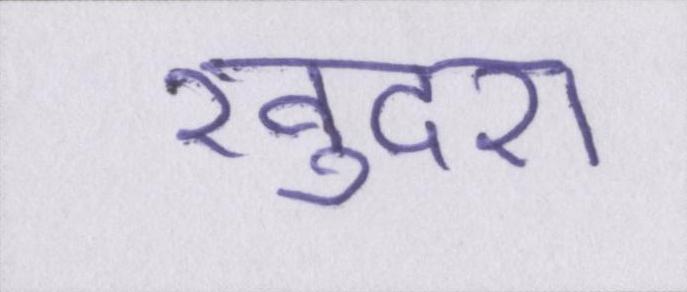
खुदरा